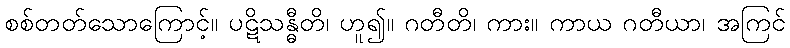
စစ်တတ်သောကြောင့်။ ပဋိသန္ဓီတိ၊ ဟူ၍။ ဂတီတိ၊ ကား။ ကာယ ဂတီယာ၊ အကြင်